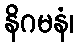
နိဂမနံ၊